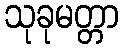
သုခုမတ္တာ